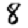
Digit: 8